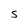
Character: S